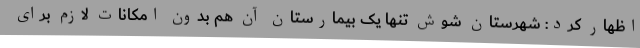
اظهار کرد: شهرستان شوش تنها یک بیمارستان آن هم بدون امکانات لازم برای